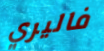
فاليري